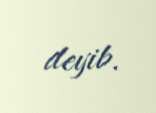
deyib.